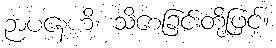
ဉာပနေဟိ၊ သိစေခြင်းတို့ဖြင့်။